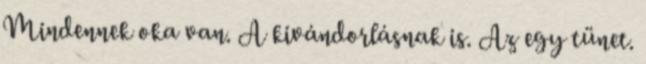
Mindennek oka van. A kivándorlásnak is. Az egy tünet.